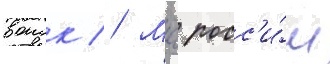
воиск // Мчс росс'и́и